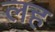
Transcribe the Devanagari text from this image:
लह